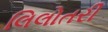
લિલોતરી